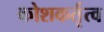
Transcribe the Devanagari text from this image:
कोशकर्तृत्व